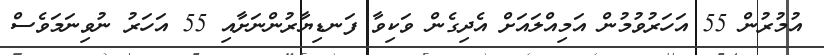
އުމުރުން 55 އަހަރުވުމުން އަމިއްލައަށް އެދިގެން ވަކިވާ ފަނޑިޔާރުންނަށާއި 55 އަހަަރު ނުވިނަމަވެސް